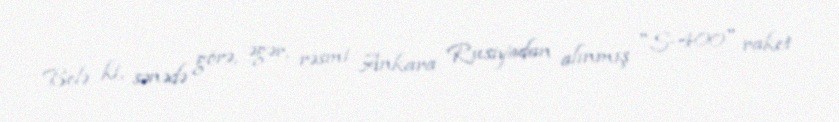
Belə ki, sənədə görə, əgər, rəsmi Ankara Rusiyadan alınmış "S-400" raket